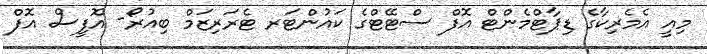
މިއީ އެމެރިކާގެ ޑިޕާޓްމެންޓް އޮފް ސްޓޭޓްގެ ކައުންޓަރ ޓެރަރިޒަމް ބިއުރޯ- އޮފީސް އޮފް